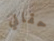
حقاني